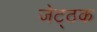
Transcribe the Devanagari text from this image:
जेट्ठक